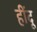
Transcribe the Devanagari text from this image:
हींदू